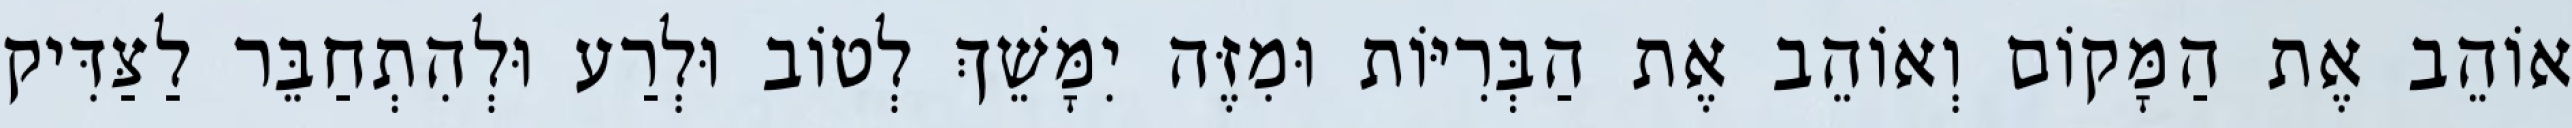
אוֹהֵב אֶת הַמָּקוֹם וְאוֹהֵב אֶת הַבְּרִיּוֹת וּמִזֶּה יִמָּשֵׁךְ לְטוֹב וּלְרַע וּלְהִתְחַבֵּר לַצַּדִּיק